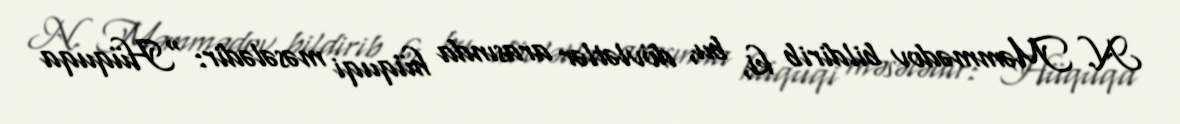
N. Məmmədov bildirib ki, bu, dövlətlər arasında hüquqi məsələdir: “Hüquqa